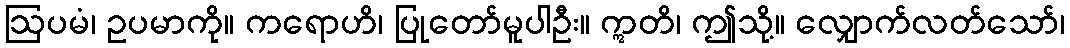
ဩပမံ၊ ဥပမာကို။ ကရောဟိ၊ ပြုတော်မူပါဦး။ ဣတိ၊ ဤသို့။ လျှောက်လတ်သော်၊